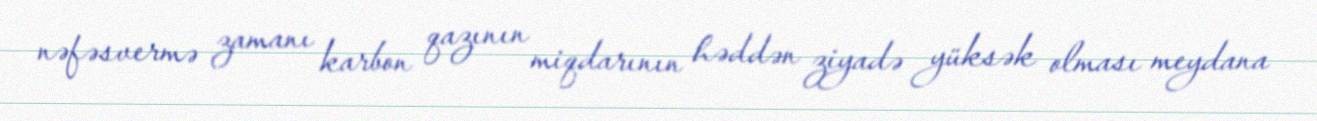
nəfəsvermə zamanı karbon qazının miqdarının həddən ziyadə yüksək olması meydana